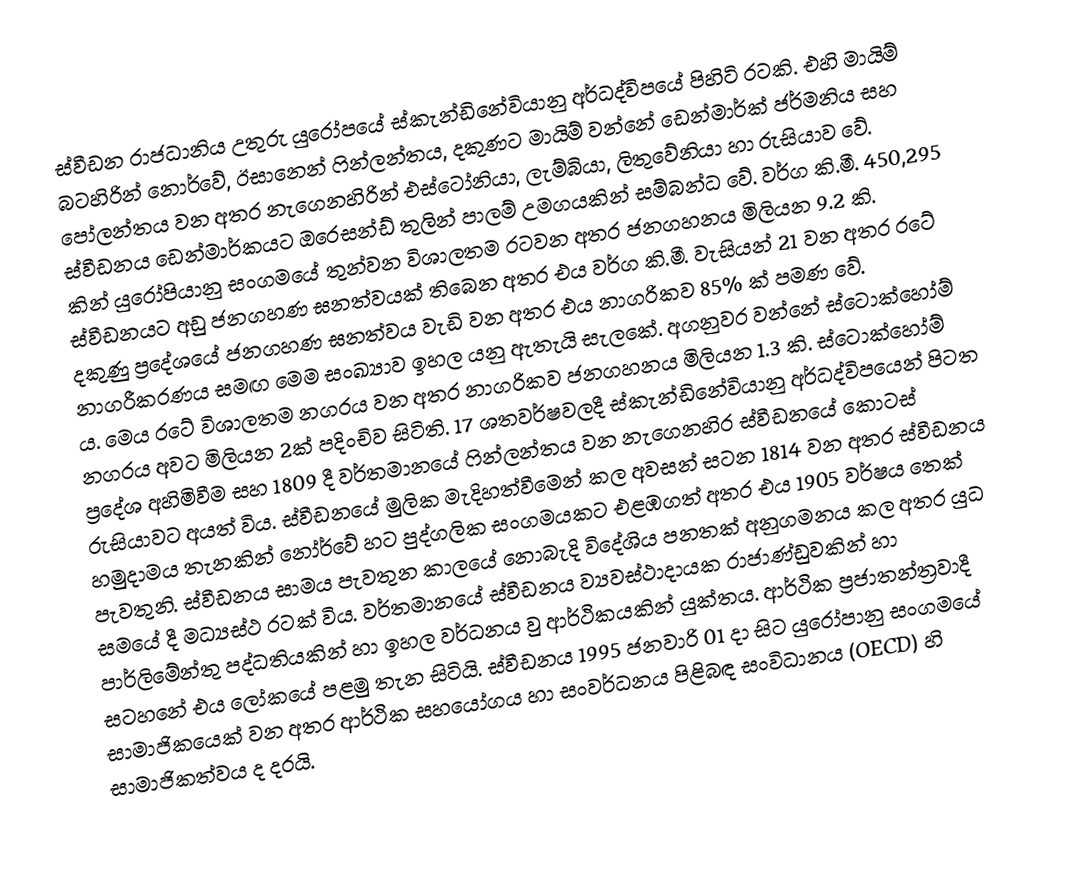
ස්වීඩන රාජධානිය උතුරු යු‍රෝපයේ ස්කැන්ඩිනේවියානු අර්ධද්විපයේ පිහිටි රටකි. එහි මායිම් බටහිරින් නොර්වේ, ඊසානෙන් ෆින්ලන්තය, දකුණට මායිම් වන්නේ ඩෙන්මාර්ක් ජර්මනිය සහ පෝලන්තය වන අතර නැගෙනහිරින් එස්ටෝනියා, ලැම්බියා, ලිතුවේනියා හා රුසියාව වේ. ස්වීඩනය ඩෙන්මාර්කයට ඔරෙසන්ඩ් තුලින් පාලම් උමගයකින් සම්බන්ධ වේ. වර්ග කි.මී. 450,295 කින් යුරෝපියානු සංගමයේ තුන්වන විශාලතම රටවන අතර ජනගහනය මිලියන 9.2 කි. ස්වීඩනයට අඩු ජනගහණ ඝනත්වයක් තිබෙන අතර එය වර්ග කි.මී. වැසියන් 21 වන අතර රටේ දකුණු ප්‍රදේශයේ ජනගහණ ඝනත්වය වැඩි වන අතර එය නාගරිකව 85% ක් පමණ වේ. නාගරීකරණය සමඟ මෙම සංඛ්‍යාව ඉහල යනු ඇතැයි සැලකේ. අගනුවර වන්නේ ස්ටොක්හෝම් ය. මෙය රටේ විශාලතම නගරය වන අතර නාගරිකව ජනගහනය මිලියන 1.3 කි. ස්ටොක්හෝම් නගරය අවට මිලියන 2ක් පදිංචිව සිටිති. 17 ශතවර්ෂවලදී ස්කැන්ඩිනේවියානු අර්ධද්විපයෙන් පිටත ප්‍රදේශ අහිමිවීම සහ 1809 දී වර්තමානයේ ෆින්ලන්තය වන නැගෙනහිර ස්වීඩනයේ කොටස් රුසියාවට අයත් විය. ස්වීඩනයේ මුලික මැදිහත්වීමෙන් කල අවසන් සටන 1814 වන අතර ස්වීඩනය හමුදාමය තැනකින් නෝර්වේ හට පුද්ගලික සංගමයකට එළඹගත් අතර එය 1905 වර්ෂය තෙක් පැවතුනි. ස්වීඩනය සාමය පැවතුන කාලයේ නොබැදි විදේශිය පනතක් අනුගමනය කල අතර යුධ සමයේ දී මධ්‍යස්ථ රටක් විය. වර්තමානයේ ස්වීඩනය ව්‍යවස්ථාදායක රාජාණ්ඩුවකින් හා පාර්ලිමේන්තු පද්ධතියකින් හා ඉහල වර්ධනය වු ආර්ථිකයකින් යුක්තය. ආර්ථික ප්‍රජාතන්ත්‍රවාදී සටහනේ එය ලෝකයේ පළමු තැන සිටියි. ස්වීඩනය 1995 ජනවාරි 01 දා සිට යුරෝපානු සංගමයේ සාමාජිකයෙක් වන අතර ආර්ථික සහයෝගය හා සංවර්ධනය පිළිබඳ සංවිධානය (OECD) හි සාමාජිකත්වය ද දරයි.